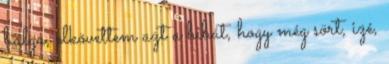
balga, elkövettem azt a hibát, hogy még sört, izé,